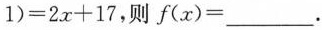
1)=2x+17，则f(x)=___。